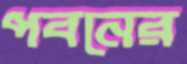
পবনের